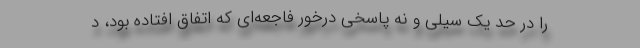
را در حد یک سیلی و نه پاسخی درخور فاجعه‌ای که اتفاق افتاده بود، د